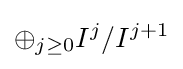
\oplus _{j\geq 0}I^{j}/I^{j+1}